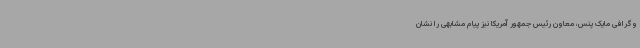
وگرافی مایک پنس، معاون رئیس جمهور آمریکا نیز پیام مشابهی را نشان